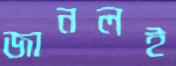
জানলই